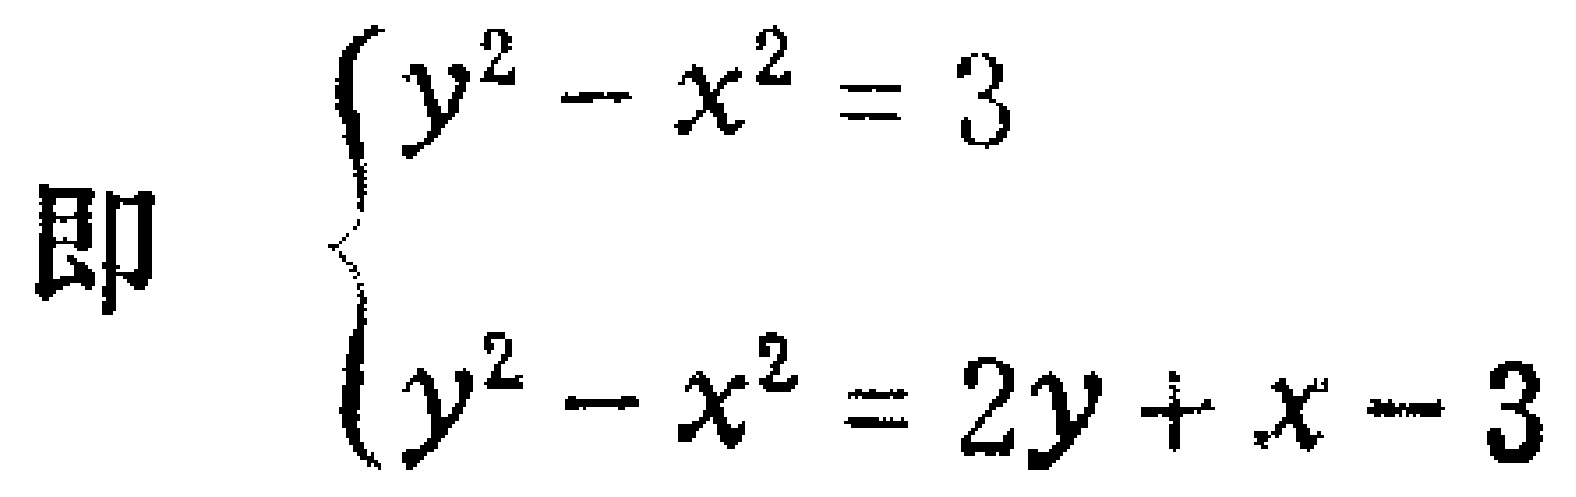
即
\[\begin{cases}
y^{2}-x^{2}=3 \\
y^{2}-x^{2}=2y + x - 3
\end{cases}\]